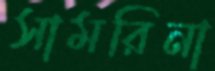
সামরিনা